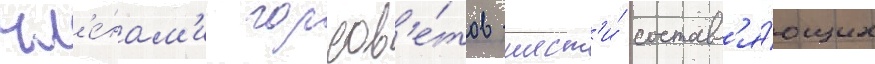
чл'е́нам'и горсов'е́тов шест'и́ составл'я́ющих